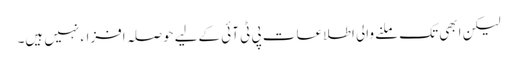
لیکن ابھی تک ملنے والی اطلاعات پی ٹی آئی کےلیے حوصلہ افزاء نہیں ہیں۔